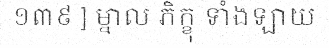
១៣៩ ] ម្នាល ភិក្ខុ ទាំងឡាយ